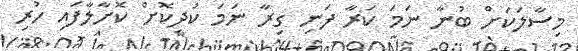
މިސާލަކަށް ބުނާ ނަމަ ކަރާ ފަނި ގިރާ ނަމަ ކުދިކޮށް ކޮށާލާފައި ހުރި